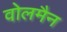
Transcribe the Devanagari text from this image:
वोलमैन